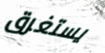
يستغرق